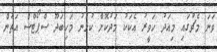
ވަނަ މެޗުގައި މިއަދު ހަވީރު އެކަކު މަދުކޮށް ކުޅުނު މަހިބަދޫ ސްޕޯޓްސް އަތުން